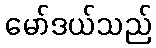
မော်ဒယ်သည်